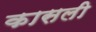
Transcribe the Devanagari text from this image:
कासली